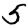
Digit: 5